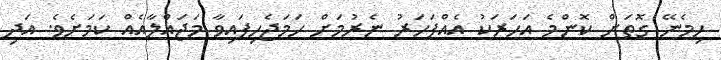
ހިމެނޭ ގޮތަށް ކޮންމެ އަހަރަކު އެއްފަހަރު ނެރުމަށް ހަމަޖެހިފައިވާ މަޖައްލާއެއް ކަމަށެވެ. އަދި